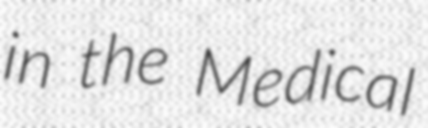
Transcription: in the Medical